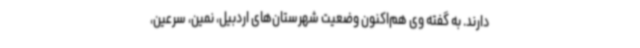
دارند. به گفته وی هم‌اکنون وضعیت شهرستان‌های اردبیل، نمین، سرعین،